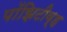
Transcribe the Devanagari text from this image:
पॉझिटीव्ह